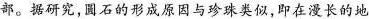
部。据研究，石的形成原因与珍珠类似，即在漫长的地